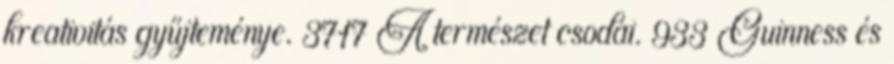
kreativitás gyűjteménye. 3717 A természet csodái. 933 Guinness és